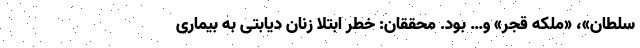
سلطان»، «ملکه قجر» و… بود. محققان: خطر ابتلا زنان دیابتی به بیماری